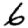
Digit: 6